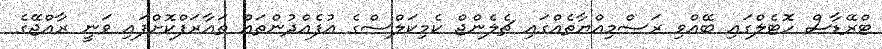
ޓްރޭޑާސް ހޮޓެލްގައި ބޭއްވި ރަސްމިއްޔާތެއްގައި ޗެލެންޖް ކެމިކަލްސްގެ އުފެއްދުންތައް ތައާރަފްކޮށްފައި ވަނީ ރާއްޖޭގެ